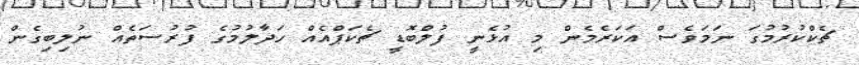
ޗެކްކުރުމުގަ ނަމަވެސް އަކަރެމެން މި އުޅެނީ ފުލްބޮޑީ ޗެކަޕްއެއް ހަދާލުމުގެ ފުރުސަތެއް ނުލިބިގެން